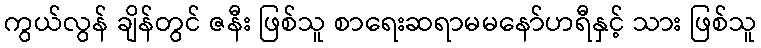
ကွယ်လွန် ချိန်တွင် ဇနီး ဖြစ်သူ စာရေးဆရာမမနော်ဟရီနှင့် သား ဖြစ်သူ